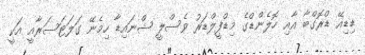
ޑިޑިއޭ ޑްރޮގްބާ އާއި ހޮލެންޑްގެ މިޑްފީލްޑަރު ވެސްލީ ޝްނައިޑާ ހިމެނޭ ގަލަޓަސަރާއީ އަކީ